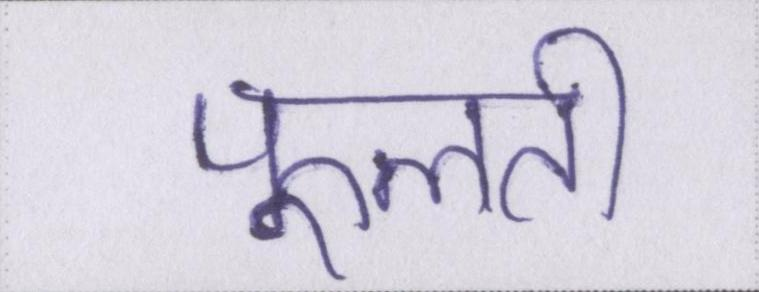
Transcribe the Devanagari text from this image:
फूलती